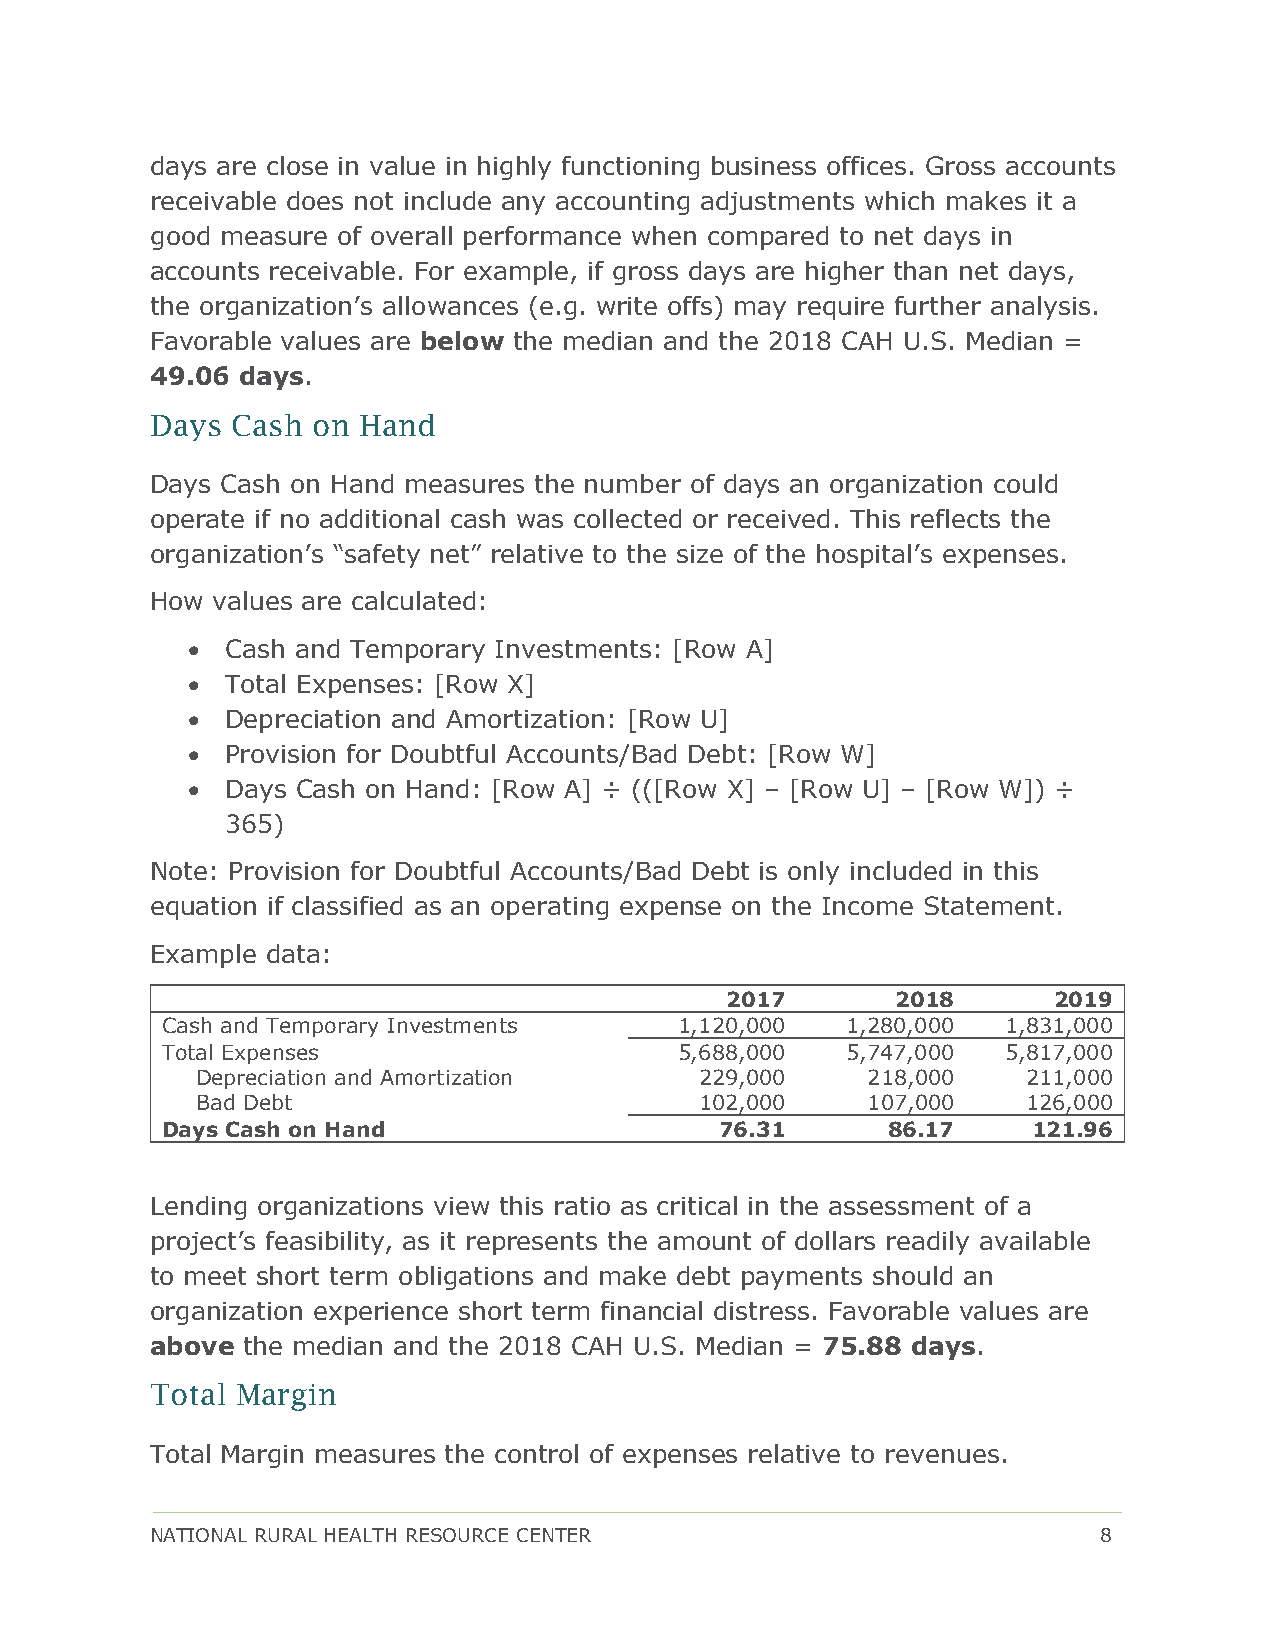
days are close in value in highly functioning business offices. Gross accounts
 receivable does not include any accounting adjustments which makes it a
 good measure of overall performance when compared to net days in
 accounts receivable. For example, if gross days are higher than net days,
 the organization’s allowances (e.g. write offs) may require further analysis.
 Favorable values are below the median and the 2018 CAH U.S. Median =
 49.06 days.
 Days Cash  on Hand
 Days Cash on Hand measures the number of days an organization could
 operate if no additional cash was collected or received. This reflects the
 organization’s “safety net” relative to the size of the hospital’s expenses.
 How values are calculated:
 •  Cash and Temporary Investments: [Row A]
 •  Total Expenses: [Row X]
 •  Depreciation and Amortization: [Row U]
 •  Provision for Doubtful Accounts/Bad Debt: [Row W]
 •  Days Cash on Hand: [Row A] ÷ (([Row X] – [Row U] – [Row W]) ÷
 365)
 Note: Provision for Doubtful Accounts/Bad Debt is only included in this
 equation if classified as an operating expense on the Income Statement.
 Example data:
 2017       2018       2019
 Cash and Temporary Investments    1,120,000  1,280,000  1,831,000
 Total Expenses                    5,688,000  5,747,000  5,817,000
 Depreciation and Amortization    229,000    218,000    211,000
 Bad Debt                         102,000    107,000    126,000
 Days Cash on Hand                    76.31      86.17    121.96
 Lending organizations view this ratio as critical in the assessment of a
 project’s feasibility, as it represents the amount of dollars readily available
 to meet short term obligations and make debt payments should an
 organization experience short term financial distress. Favorable values are
 above the median and the 2018 CAH U.S. Median = 75.88 days.
 Total Margin
 Total Margin measures the control of expenses relative to revenues.
 NATIONAL RURAL HEALTH RESOURCE CENTER                          8